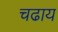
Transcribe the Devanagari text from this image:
चढाय